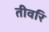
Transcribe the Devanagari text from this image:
तीवरि